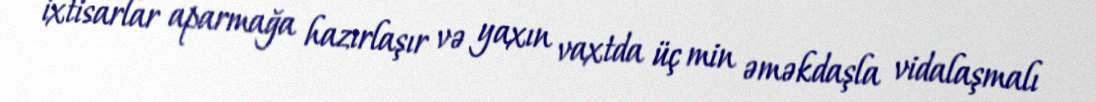
ixtisarlar aparmağa hazırlaşır və yaxın vaxtda üç min əməkdaşla vidalaşmalı